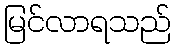
မြင်လာရသည်